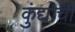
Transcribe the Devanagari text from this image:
कुंद्याचीं